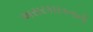
અસરકારકતાની